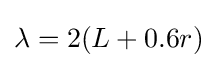
\lambda ={2(L+0.6r)}